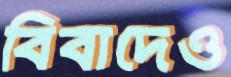
বিবাদেও